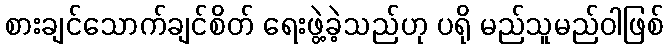
စားချင်သောက်ချင်စိတ် ရေးဖွဲ့ခဲ့သည်ဟု ပရို မည်သူမည်ဝါဖြစ်